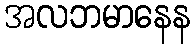
အလဘမာနေန